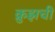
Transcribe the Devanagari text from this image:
क्रुझची